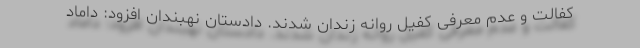
کفالت و عدم معرفی کفیل روانه زندان شدند. دادستان نهبندان افزود: داماد